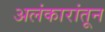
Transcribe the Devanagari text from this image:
अलंकारांतून